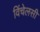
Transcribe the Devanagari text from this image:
विंचेलसी